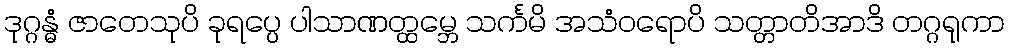
ဒုဂ္ဂန္ဓံ ဇာတေသုပိ ခုရပ္ပေ ပါသာဏတ္ထမ္ဘေ သင်္ကမိ အသံဝရောပိ သတ္တာတိအာဒိ တဂ္ဂရုကာ